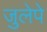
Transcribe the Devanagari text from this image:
जुलेपे